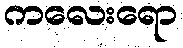
ကလေးရော